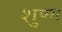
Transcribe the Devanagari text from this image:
शुण्ग